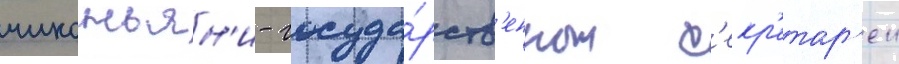
чиконьян'и - госуда́рств'енных с'екр'етар'еи